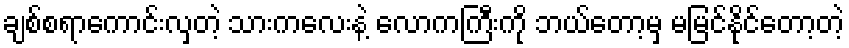
ချစ်စရာကောင်းလှတဲ့ သားကလေးနဲ့ လောကကြီးကို ဘယ်တော့မှ မမြင်နိုင်တော့တဲ့